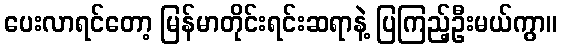
ပေးလာရင်တော့ မြန်မာတိုင်းရင်းဆရာနဲ့ ပြကြည့်ဦးမယ်ကွာ။